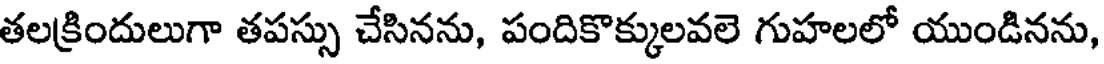
తలక్రిందులుగా తపస్సు చేసినను, పందికొక్కులవలె గుహలలో యుండినను,